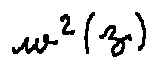
w ^ { 2 } ( z )